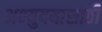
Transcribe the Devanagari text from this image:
अभ्युदयासाठी